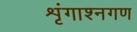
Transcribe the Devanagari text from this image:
शृंगाश्नगण